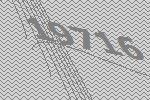
19716